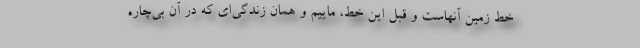
خط زمين آنهاست و قبل اين خط، ماييم و همان زندگي‌اي كه در آن بي‌چاره